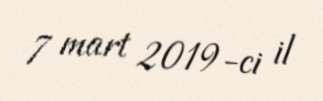
7 mart 2019-ci il